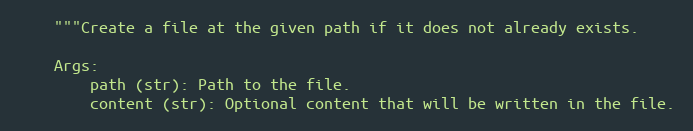
Language: Python
    """Create a file at the given path if it does not already exists.

    Args:
        path (str): Path to the file.
        content (str): Optional content that will be written in the file.